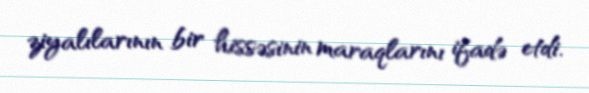
ziyalılarının bir hissəsinin maraqlarını ifadə etdi.